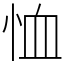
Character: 恤